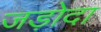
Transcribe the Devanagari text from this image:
जड़ोदा